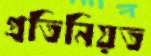
প্রতিনিয়ত